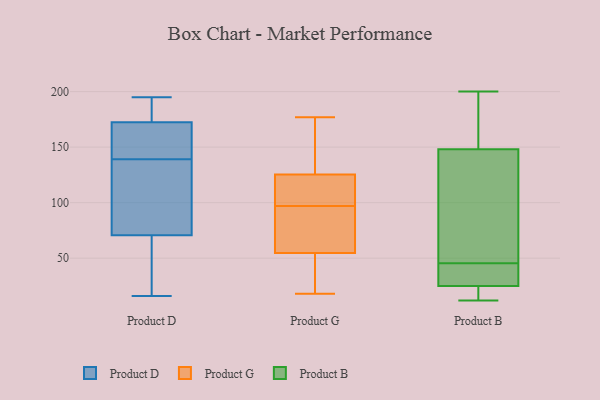
{"axis": {"x": "Tickets Resolved", "y": "Value"}, "legend": ["Product B", "Product D", "Product G"], "data": [{"x": "", "y": 34, "type": "Product D"}, {"x": "", "y": 27, "type": "Product D"}, {"x": "", "y": 58, "type": "Product D"}, {"x": "", "y": 139, "type": "Product D"}, {"x": "", "y": 114, "type": "Product D"}, {"x": "", "y": 83, "type": "Product D"}, {"x": "", "y": 146, "type": "Product D"}, {"x": "", "y": 186, "type": "Product D"}, {"x": "", "y": 180, "type": "Product D"}, {"x": "", "y": 16, "type": "Product D"}, {"x": "", "y": 124, "type": "Product D"}, {"x": "", "y": 75, "type": "Product D"}, {"x": "", "y": 144, "type": "Product D"}, {"x": "", "y": 171, "type": "Product D"}, {"x": "", "y": 177, "type": "Product D"}, {"x": "", "y": 195, "type": "Product D"}, {"x": "", "y": 164, "type": "Product D"}, {"x": "", "y": 54, "type": "Product G"}, {"x": "", "y": 92, "type": "Product G"}, {"x": "", "y": 55, "type": "Product G"}, {"x": "", "y": 97, "type": "Product G"}, {"x": "", "y": 175, "type": "Product G"}, {"x": "", "y": 99, "type": "Product G"}, {"x": "", "y": 122, "type": "Product G"}, {"x": "", "y": 88, "type": "Product G"}, {"x": "", "y": 18, "type": "Product G"}, {"x": "", "y": 117, "type": "Product G"}, {"x": "", "y": 135, "type": "Product G"}, {"x": "", "y": 177, "type": "Product G"}, {"x": "", "y": 28, "type": "Product G"}, {"x": "", "y": 200, "type": "Product B"}, {"x": "", "y": 158, "type": "Product B"}, {"x": "", "y": 86, "type": "Product B"}, {"x": "", "y": 14, "type": "Product B"}, {"x": "", "y": 148, "type": "Product B"}, {"x": "", "y": 31, "type": "Product B"}, {"x": "", "y": 12, "type": "Product B"}, {"x": "", "y": 41, "type": "Product B"}, {"x": "", "y": 150, "type": "Product B"}, {"x": "", "y": 43, "type": "Product B"}, {"x": "", "y": 83, "type": "Product B"}, {"x": "", "y": 24, "type": "Product B"}, {"x": "", "y": 25, "type": "Product B"}, {"x": "", "y": 48, "type": "Product B"}]}